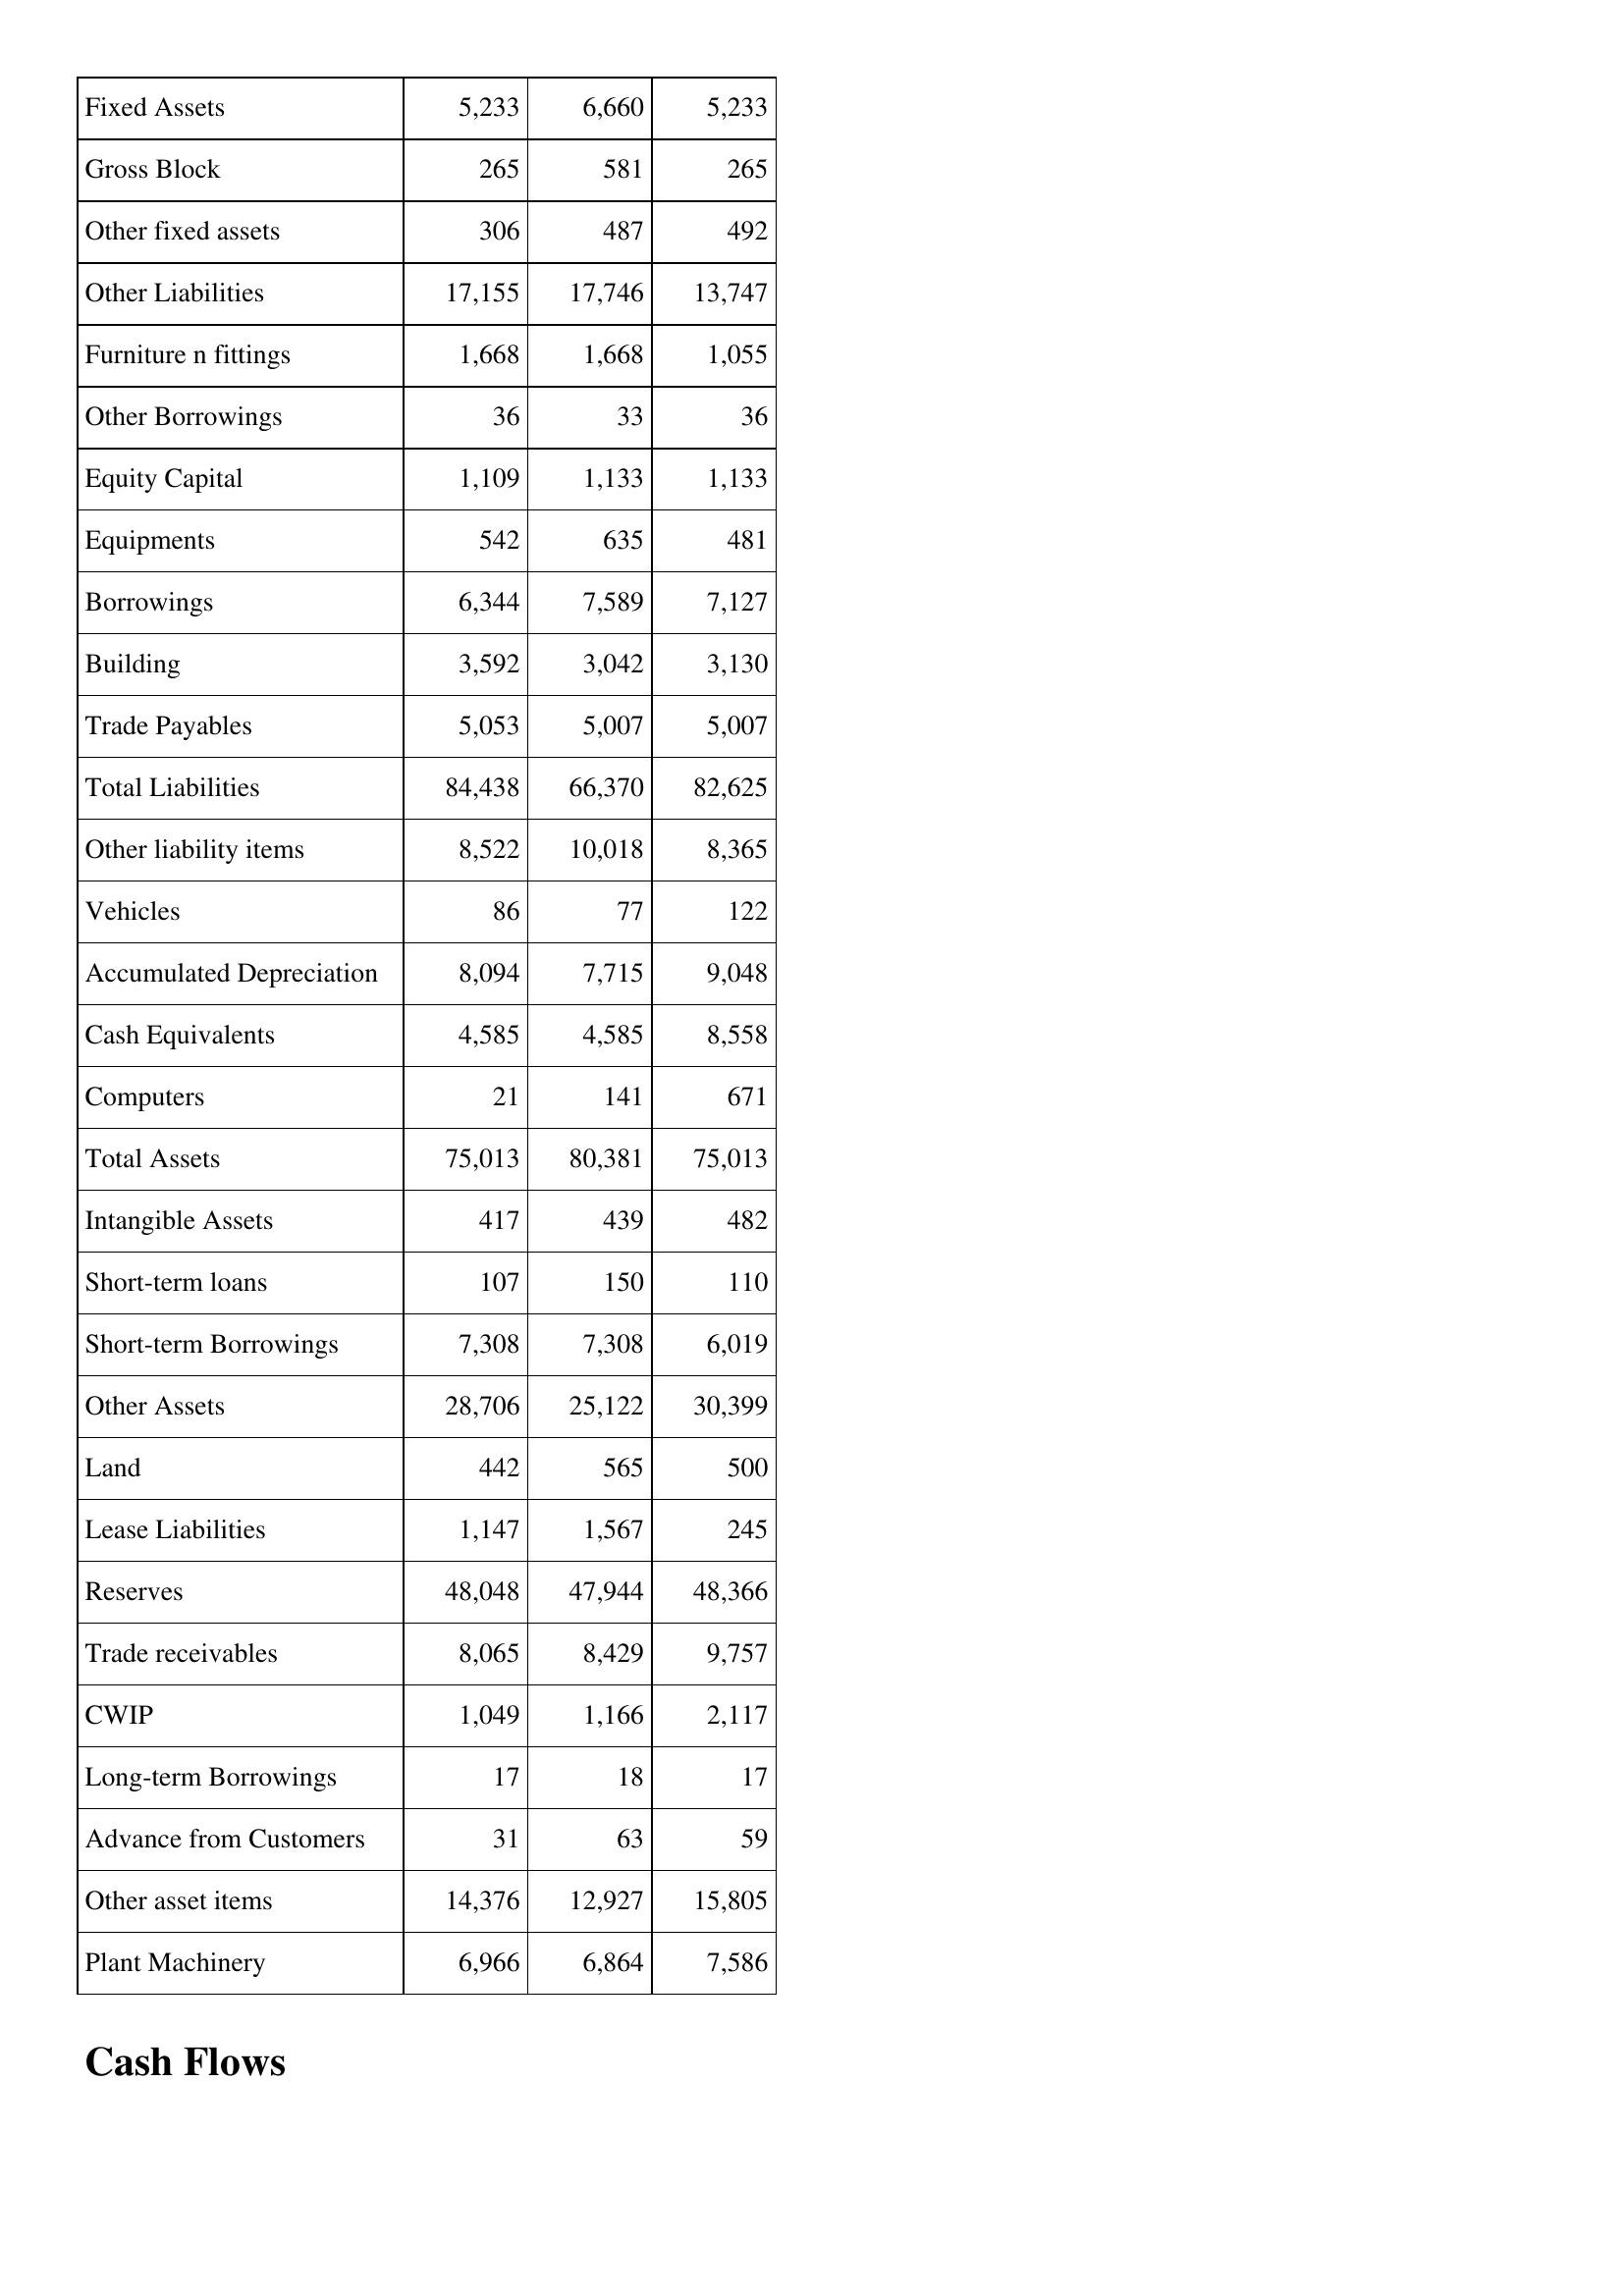
Apr-96: Balance Sheet: Fixed Assets: 5,233
Gross Block: 265
Other fixed assets: 306
Other Liabilities: 17,155
Furniture n fittings: 1,668
Other Borrowings: 36
Equity Capital: 1,109
Equipments: 542
Borrowings: 6,344
Building: 3,592
Trade Payables: 5,053
Total Liabilities: 84,438
Other liability items: 8,522
Vehicles: 86
Accumulated Depreciation: 8,094
Cash Equivalents: 4,585
Computers: 21
Total Assets: 75,013
Intangible Assets: 417
Short-term loans: 107
Short-term Borrowings: 7,308
Other Assets: 28,706
Land: 442
Lease Liabilities: 1,147
Reserves: 48,048
Trade receivables: 8,065
CWIP: 1,049
Long-term Borrowings: 17
Advance from Customers: 31
Other asset items: 14,376
Plant Machinery: 6,966
Apr-95: Balance Sheet: Fixed Assets: 6,660
Gross Block: 581
Other fixed assets: 487
Other Liabilities: 17,746
Furniture n fittings: 1,668
Other Borrowings: 33
Equity Capital: 1,133
Equipments: 635
Borrowings: 7,589
Building: 3,042
Trade Payables: 5,007
Total Liabilities: 66,370
Other liability items: 10,018
Vehicles: 77
Accumulated Depreciation: 7,715
Cash Equivalents: 4,585
Computers: 141
Total Assets: 80,381
Intangible Assets: 439
Short-term loans: 150
Short-term Borrowings: 7,308
Other Assets: 25,122
Land: 565
Lease Liabilities: 1,567
Reserves: 47,944
Trade receivables: 8,429
CWIP: 1,166
Long-term Borrowings: 18
Advance from Customers: 63
Other asset items: 12,927
Plant Machinery: 6,864
Apr-94: Balance Sheet: Fixed Assets: 5,233
Gross Block: 265
Other fixed assets: 492
Other Liabilities: 13,747
Furniture n fittings: 1,055
Other Borrowings: 36
Equity Capital: 1,133
Equipments: 481
Borrowings: 7,127
Building: 3,130
Trade Payables: 5,007
Total Liabilities: 82,625
Other liability items: 8,365
Vehicles: 122
Accumulated Depreciation: 9,048
Cash Equivalents: 8,558
Computers: 671
Total Assets: 75,013
Intangible Assets: 482
Short-term loans: 110
Short-term Borrowings: 6,019
Other Assets: 30,399
Land: 500
Lease Liabilities: 245
Reserves: 48,366
Trade receivables: 9,757
CWIP: 2,117
Long-term Borrowings: 17
Advance from Customers: 59
Other asset items: 15,805
Plant Machinery: 7,586